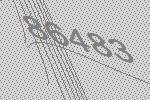
86483